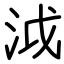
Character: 泧